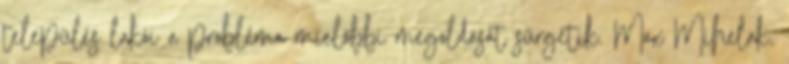
település lakói a probléma mielőbbi megoldását sürgetik. Max Mihelak,